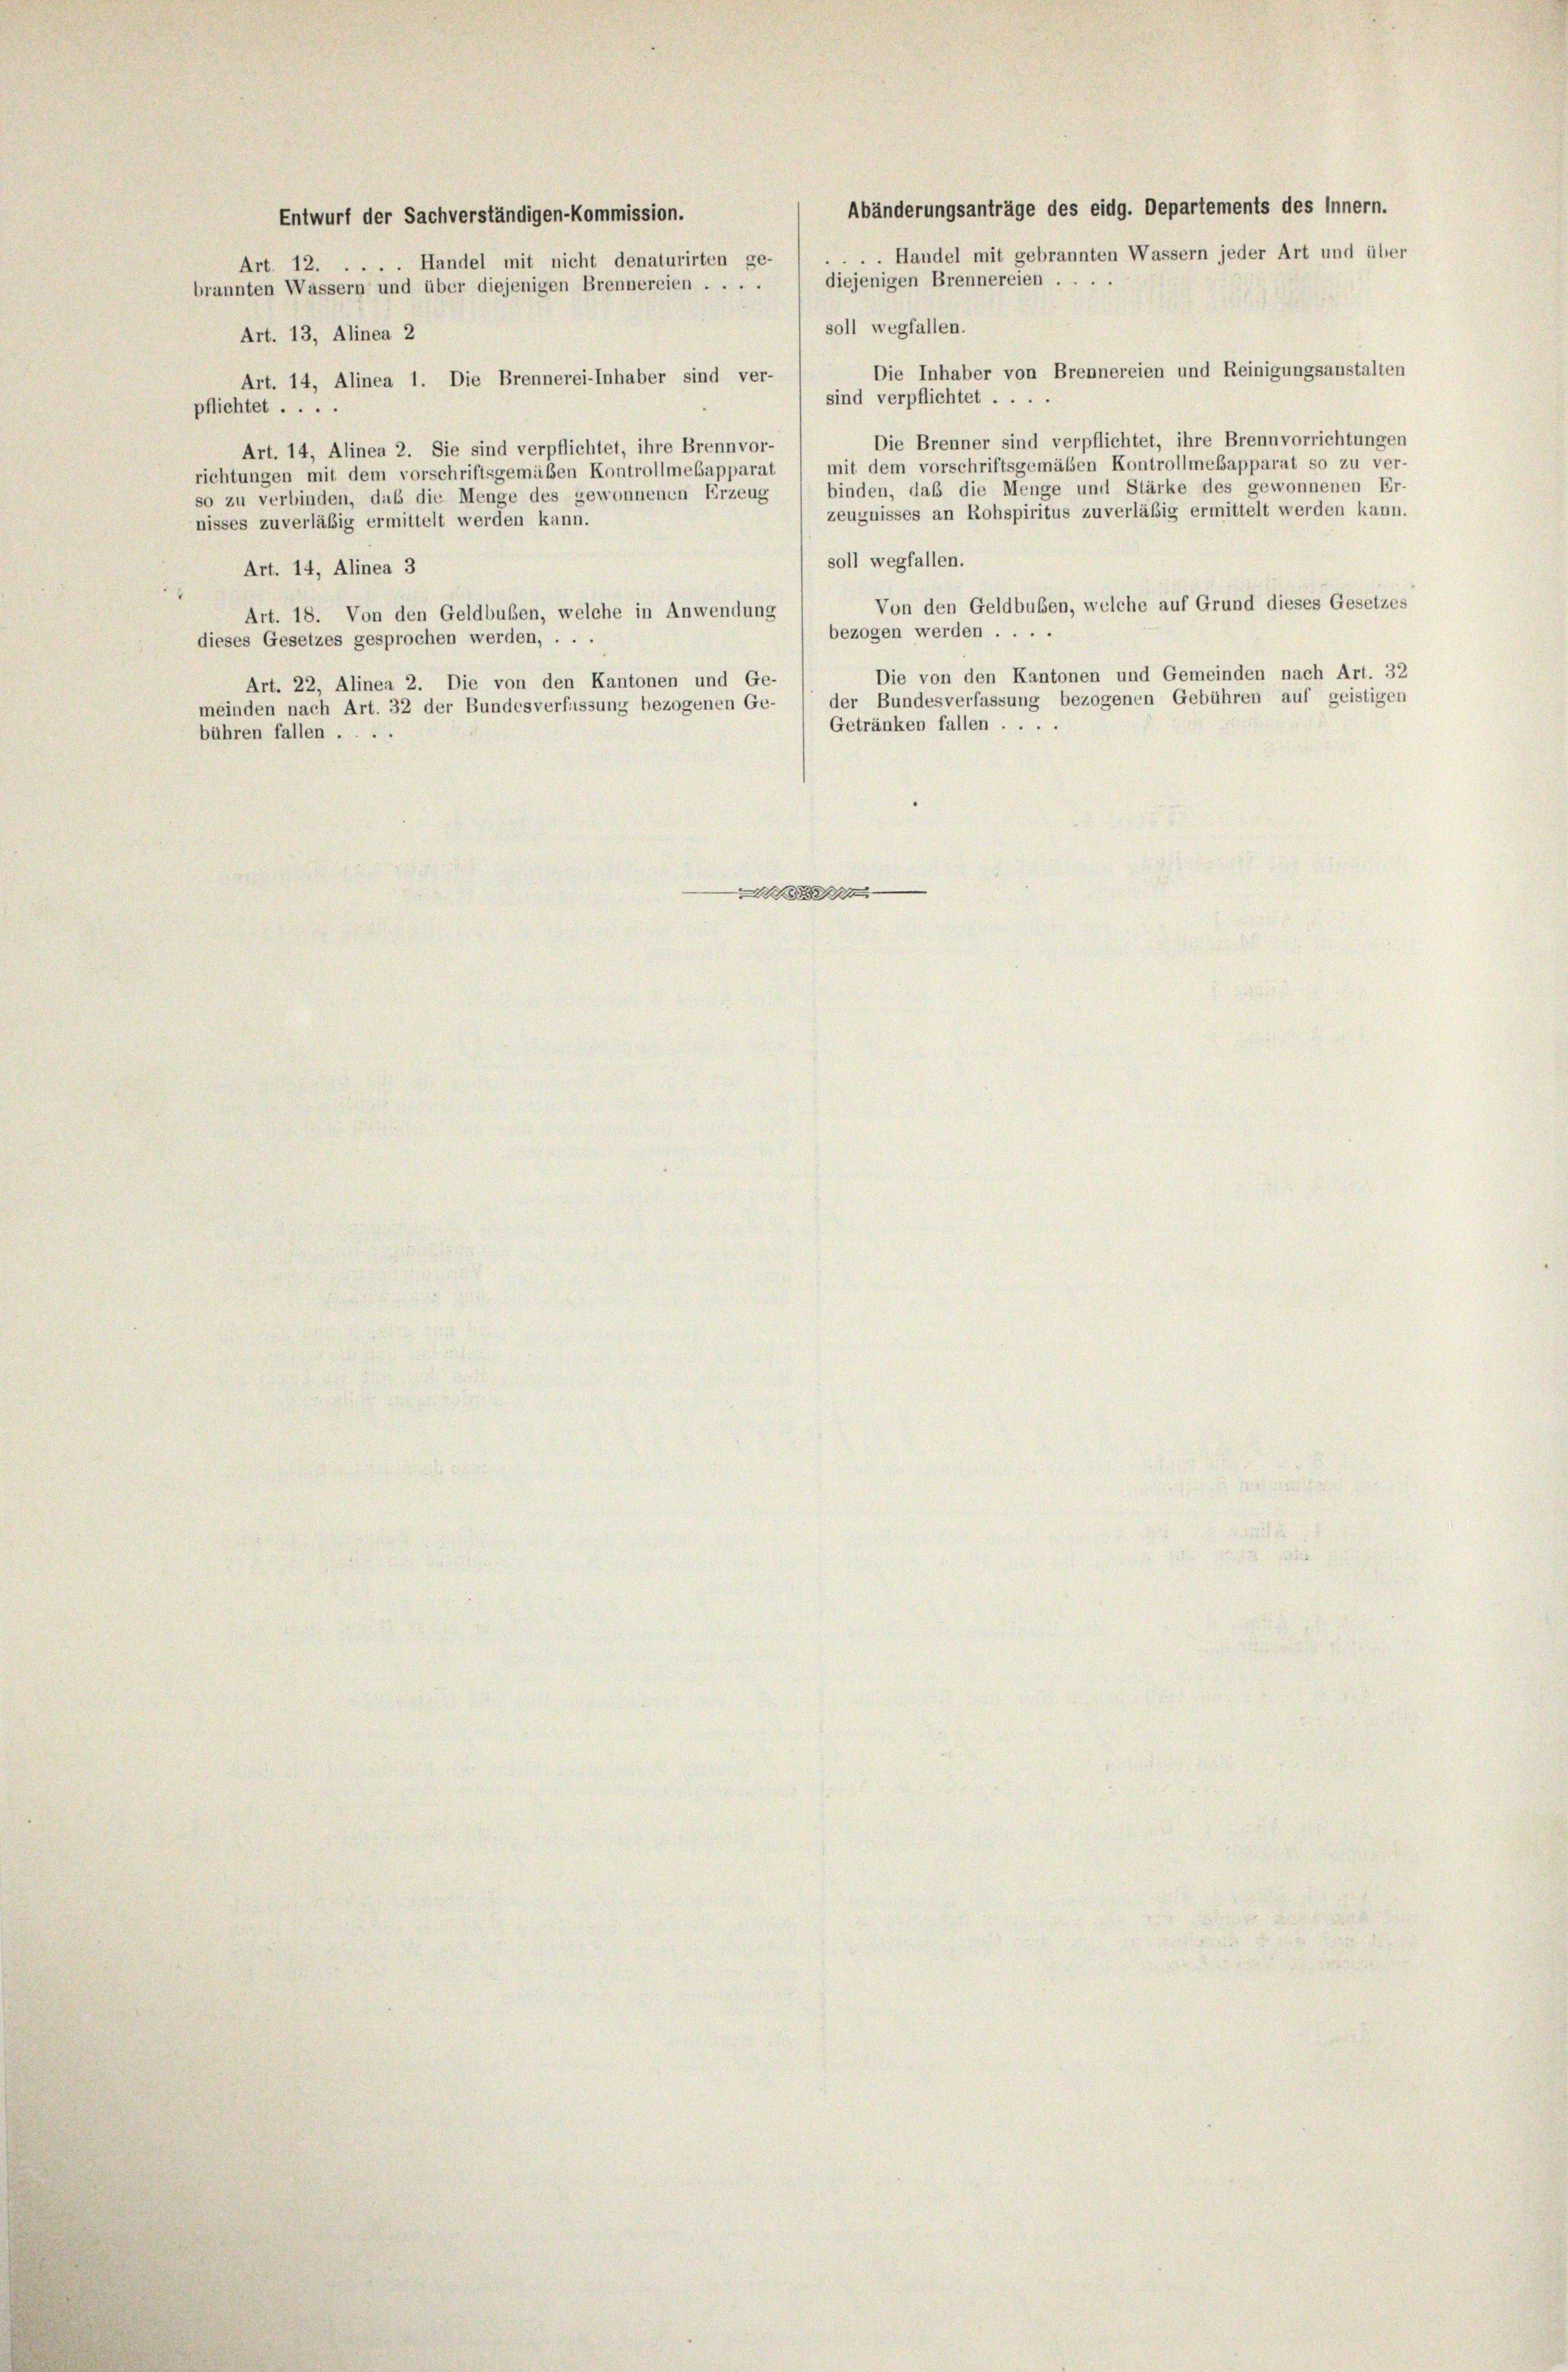
Abänderungsanträge des eidg. Departements des Innern.
Entwurf der Sachverständigen-Kommission.
Handel mit gebrannten Wassern jeder Art und über
Art. 12. . . . . Handel mit nicht denaturirten ge-
diejenigen Brennereien ....
brannten Wassern und über diejenigen Brennereien . . . .
soll wegfallen.
Art. 13, Alinea 2
Die Inhaber von Brennereien und Reinigungsanstalten
Art. 14, Alinea 1. Die Brennerei-Inhaber sind ver-
sind verpflichtet ....
pflichtet .....
Die Brenner sind verpflichtet, ihre Brennvorrichtungen
Art. 14, Alinea 2. Sie sind verpflichtet, ihre Brennvor-
richtungen mit dem vorschriftsgemäßen Kontrollmebapparat / mit dem vorschriftsgemäßen Kontrollmesapparat so zu ver-
so zu verbinden, daß die Menge des gewonnenen Erzeug / binden, daß die Menge und Stärke des gewonnenen Er-
zeugnisses an Rohspiritus zuverläßig ermittelt werden kann.
nisses zuverläßig ermittelt werden kann.
soll wegfallen.
Art. 14, Alinea 3
Von den Geldbuben, welche auf Grund dieses Gesetzes
Art. 18. Von den Geldbußen, welche in Anwendung
bezogen werden ....
dieses Gesetzes gesprochen werden, . . .
Die von den Kantonen und Gemeinden nach Art. 32
Art. 22, Alinea 2. Die von den Kantonen und Ge-
meinden nach Art. 32 der Bundesverfassung bezogenen Ge- / der Bundesverfassung bezogenen Gebühren auf geistigen
Getränken fallen ....
bühren fallen ....
.